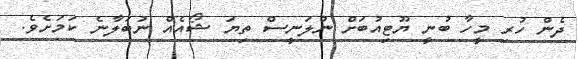
ދެން ހުރި މީހާ ބުނީ ޔޫޓިއުބަށް ނުލަނީސް ތިޔަ ޝޯއެއް ނުބަލާނެ ކަމަށެވެ.